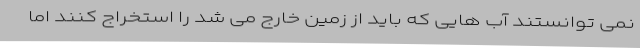
نمی توانستند آب هایی که باید از زمین خارج می شد را استخراج کنند اما